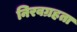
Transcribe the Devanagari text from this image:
निरवग्रहता